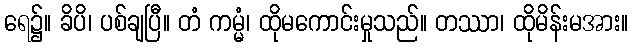
ရေ၌။ ခိပိ၊ ပစ်ချပြီ။ တံ ကမ္မံ၊ ထိုမကောင်းမှုသည်။ တဿာ၊ ထိုမိန်းမအား။